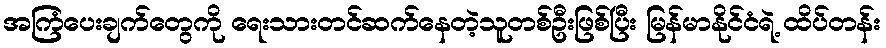
အကြံပေးချက်တွေကို ရေးသားတင်ဆက်နေတဲ့သူတစ်ဦးဖြစ်ပြီး မြန်မာနိုင်ငံရဲ့ ထိပ်တန်း